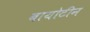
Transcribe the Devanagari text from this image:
बायोटीन